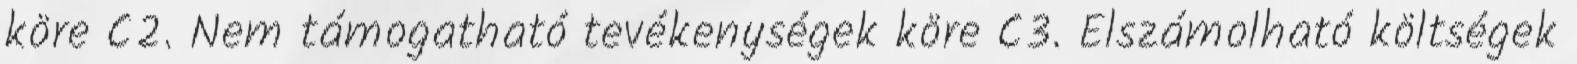
köre C2. Nem támogatható tevékenységek köre C3. Elszámolható költségek